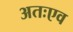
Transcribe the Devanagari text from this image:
अतःएव